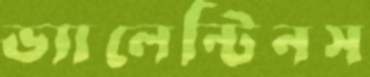
ভ্যালেন্টিনস